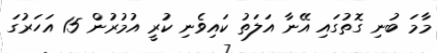
މާމަ ބުނި ގޮތުގައި އޭނާ އަލަތު ކައިވެނި ކުރީ އުމުރުން 15 އަހަރުގަ